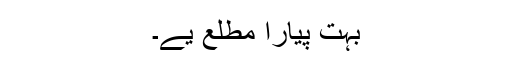
بہت پیارا مطلع یے۔